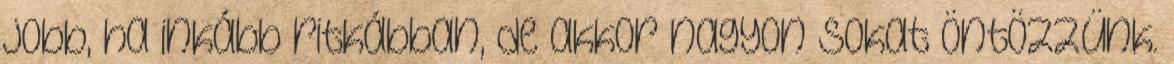
jobb, ha inkább ritkábban, de akkor nagyon sokat öntözzünk.